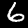
Digit: 6